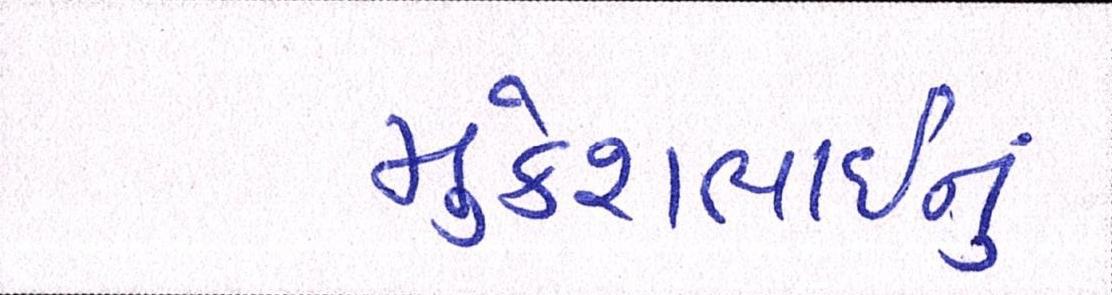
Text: મુકેશભાઈનું